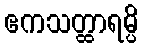
ဧကသတ္ထာရမ္ပိ